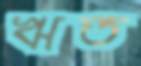
ঋত